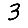
Digit: 3